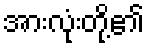
အားလုံးတို့၏